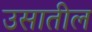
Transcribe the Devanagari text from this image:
उसातील